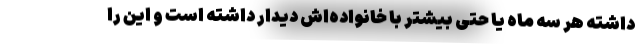
داشته هر سه ماه یا حتی بیشتر با خانواده‌اش دیدار داشته است و این را